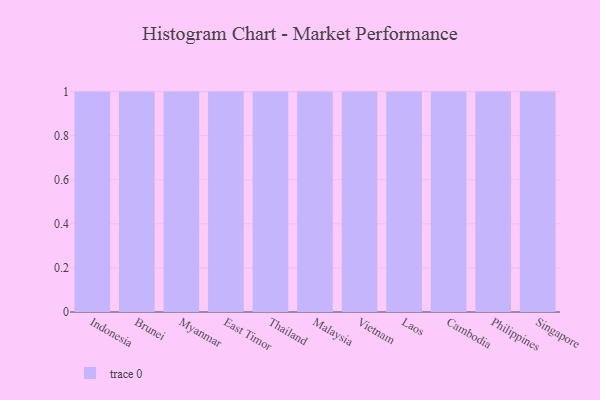
{"axis": {"x": "Country", "y": "Active Users"}, "legend": [""], "data": [{"x": "Indonesia", "y": 32, "type": ""}, {"x": "Brunei", "y": 84, "type": ""}, {"x": "Myanmar", "y": 20, "type": ""}, {"x": "East Timor", "y": 19, "type": ""}, {"x": "Thailand", "y": 28, "type": ""}, {"x": "Malaysia", "y": 15, "type": ""}, {"x": "Vietnam", "y": 31, "type": ""}, {"x": "Laos", "y": 37, "type": ""}, {"x": "Cambodia", "y": 70, "type": ""}, {"x": "Philippines", "y": 51, "type": ""}, {"x": "Singapore", "y": 75, "type": ""}]}